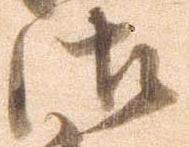
御